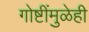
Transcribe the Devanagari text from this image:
गोष्टींमुळेही